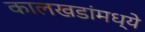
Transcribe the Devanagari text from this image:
कालखडांमध्ये